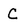
Character: C